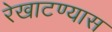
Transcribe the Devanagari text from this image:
रेखाटण्यास